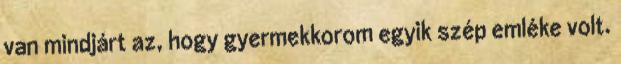
van mindjárt az, hogy gyermekkorom egyik szép emléke volt.